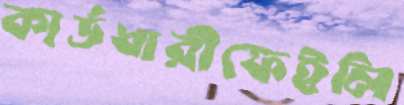
কার্ডধারীফেইলি